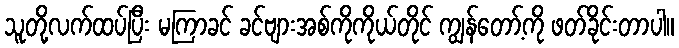
သူတို့လက်ထပ်ပြီး မကြာခင် ခင်ဗျားအစ်ကိုကိုယ်တိုင် ကျွန်တော့်ကို ဖတ်ခိုင်းတာပါ။